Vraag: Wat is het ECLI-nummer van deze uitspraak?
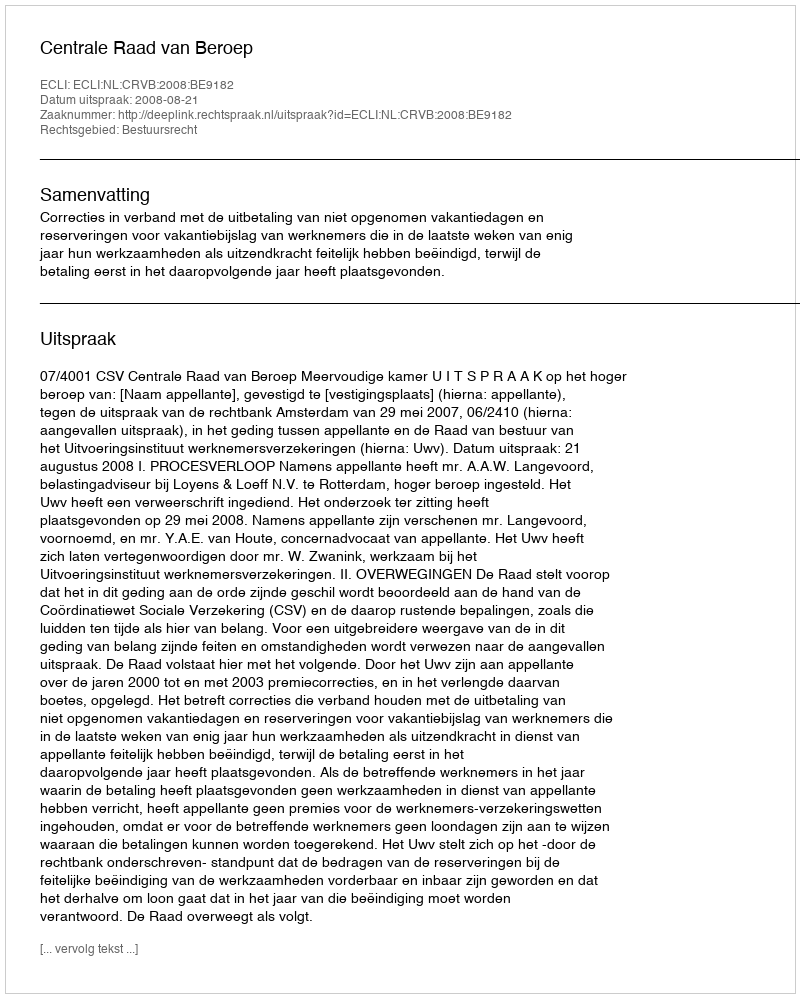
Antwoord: ECLI:NL:CRVB:2008:BE9182